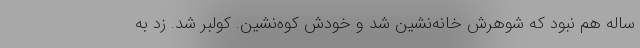
ساله هم نبود كه شوهرش خانه‌نشين شد و خودش كوه‌نشين. كولبر شد. زد به